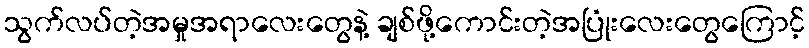
သွက်လပ်တဲ့အမှုအရာလေးတွေနဲ့ ချစ်ဖို့ကောင်းတဲ့အပြုံးလေးတွေကြောင့်